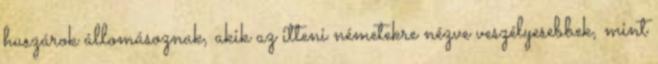
huszárok állomásoznak, akik az itteni németekre nézve veszélyesebbek, mint